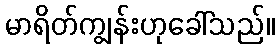
မာရိတ်ကျွန်းဟုခေါ်သည်။